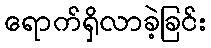
ရောက်ရှိလာခဲ့ခြင်း